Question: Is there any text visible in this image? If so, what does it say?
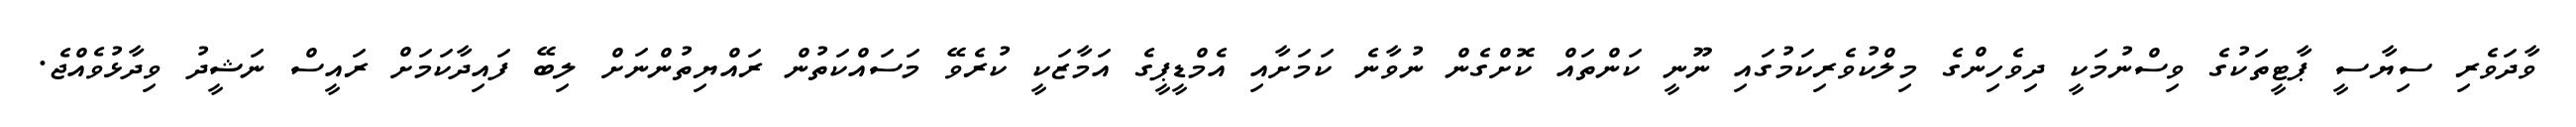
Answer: ވާދަވެރި ސިޔާސީ ޕާޓީތަކުގެ ވިސްނުމަކީ ދިވެހިންގެ މިލްކުވެރިކަމުގައި ނޫނީ ކަންތައް ކޮށްގެން ނުވާނެ ކަމަށާއި އެމްޑީޕީގެ އަމާޒަކީ ކުރެވޭ މަސައްކަތުން ރައްޔިތުންނަށް ލިބޭ ފައިދާކަމަށް ރައީސް ނަޝީދު ވިދާޅުވެއްޖެ.